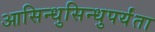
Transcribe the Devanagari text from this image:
आसिन्धुसिन्धुपर्यंता